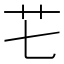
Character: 𮶛